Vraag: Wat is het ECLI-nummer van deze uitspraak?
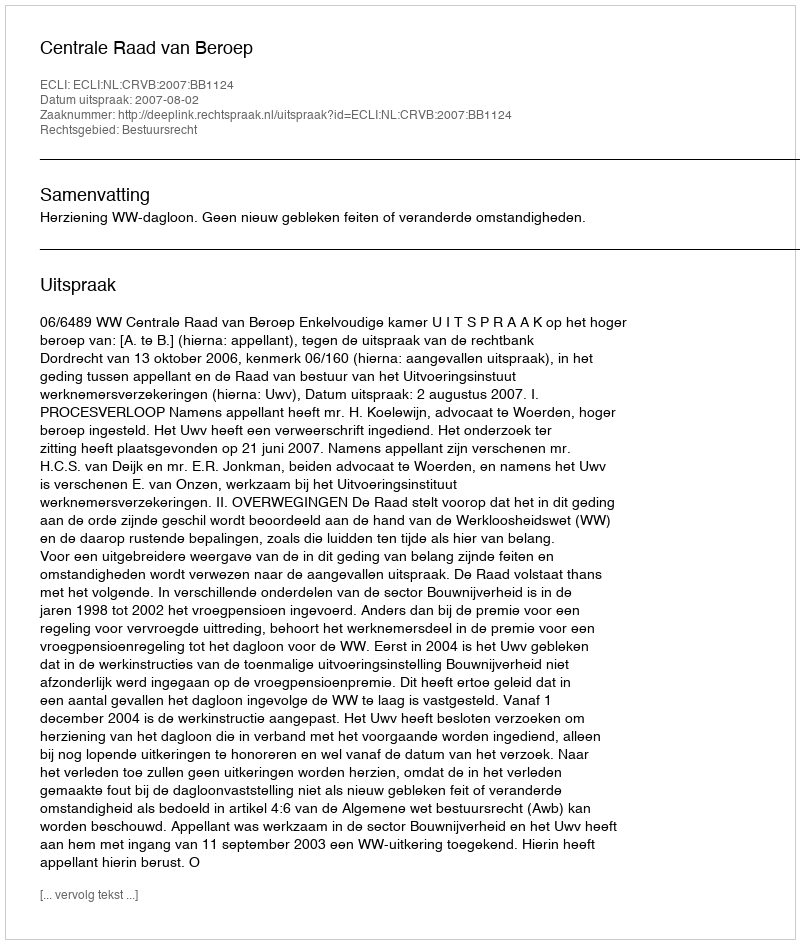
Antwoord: ECLI:NL:CRVB:2007:BB1124